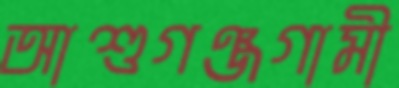
আশুগঞ্জগামী